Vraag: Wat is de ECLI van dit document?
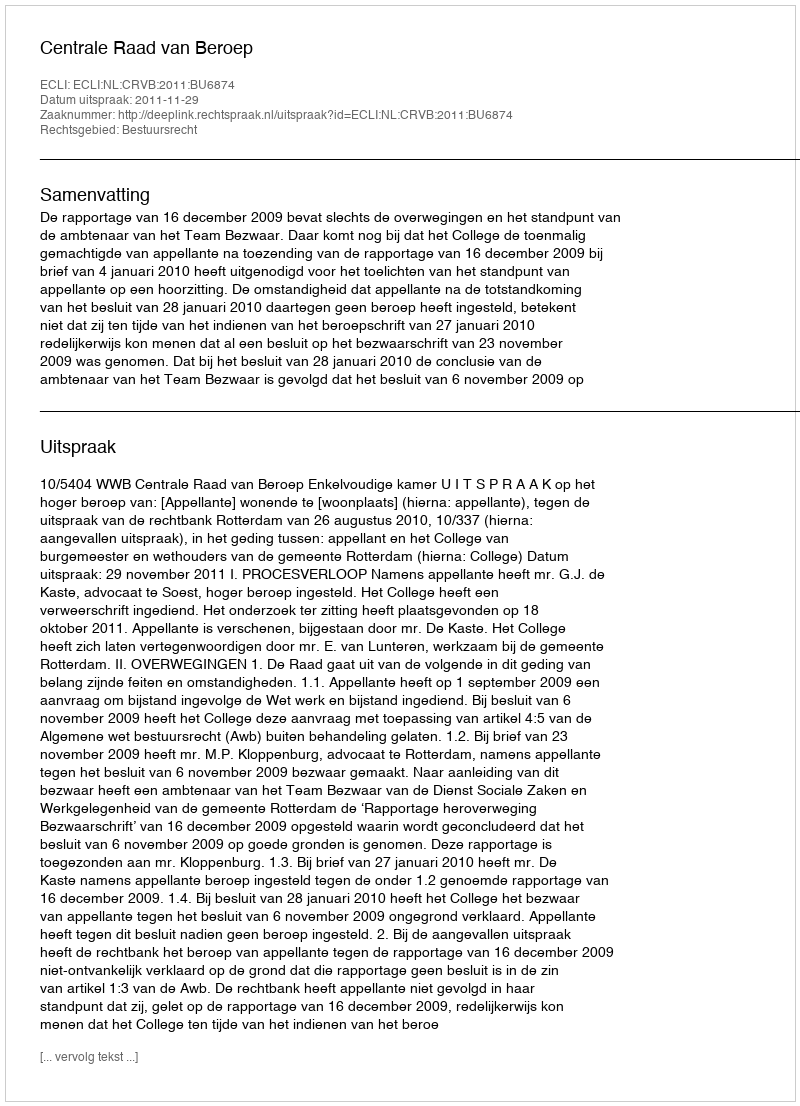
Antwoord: ECLI:NL:CRVB:2011:BU6874